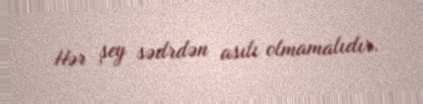
Hər şey sədrdən asılı olmamalıdır.